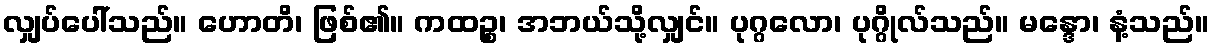
လျှပ်ပေါ်သည်။ ဟောတိ၊ ဖြစ်၏။ ကထဉ္စ၊ အဘယ်သို့လျှင်။ ပုဂ္ဂလော၊ ပုဂ္ဂိုလ်သည်။ မန္ဒော၊ နံ့သည်။